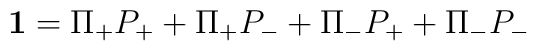
{\bf 1} = \Pi_+ P_+ + \Pi_+ P_- + \Pi_- P_+ +       \Pi_- P_-